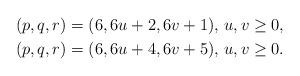
LaTeX: \begin{gather*}(p,q,r)=(6,6u+2,6v+1),\, u,v\geq 0,\\(p,q,r)=(6,6u+4,6v+5),\, u,v\geq 0.\end{gather*}